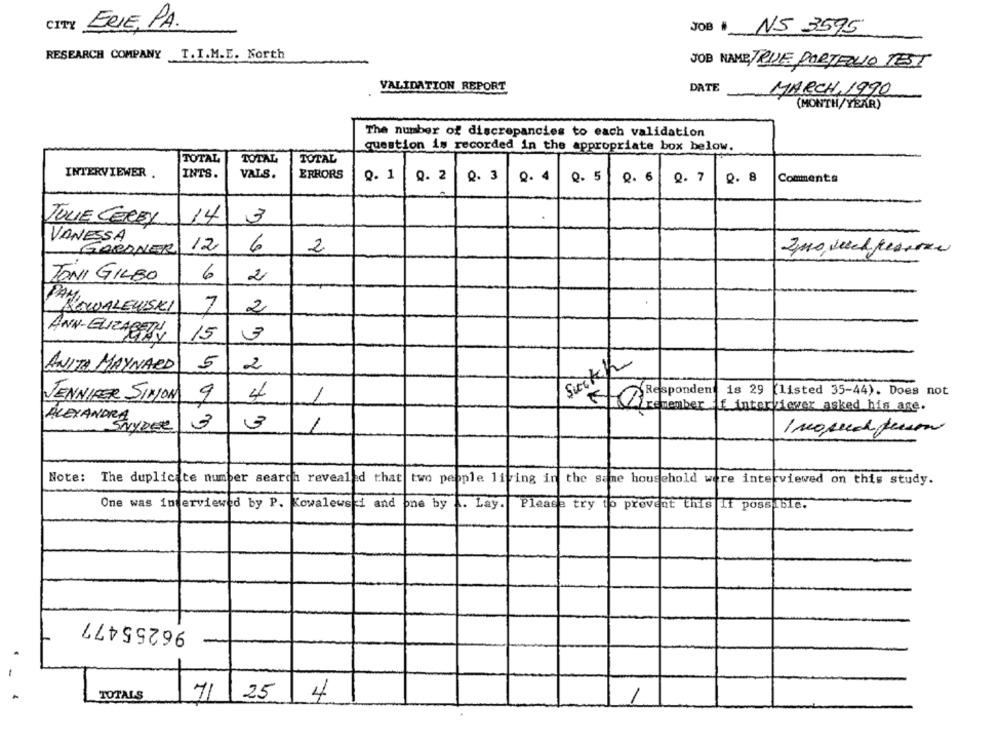
CITY ERIE, PA.
JOB # NS 3595
RESEARCH COMPANY T.I.M.E. North
JOB NAME JENE PORTFOLIO TEST
VALIDATION REPORT
MARCH, 1990
DATE
(MONTH/YEAR)
The number of discrepancies to each validation
question is recorded in the appropriate box below.
TOTAL
TOTAL
TOTAL
INTERVIEWER .
INTS.
VALS.
ERRORS
0. 1
9. 2
Q. 3
0.4
0. 5
Q. 6
Q. 7
2. 8
Comments
14
JULIE CEREY
3
VANESSA
GARDNER
12
6
2
6
TONI GILBO
2
KOWALEWSKI
7
2
ANN-ELIZABETH
15
3
ANITA MAYNARD
5
2
18 29
(listed 35-44). Does not
JENNIFER SINON
9
4
Greatember f interviewer asked his age.
ALEXANDRA
SNYDER
3
3
1 moped person
Note:
The duplicite number search revealed that
two people living in the same household were interviewed on this study.
One was interviewed by P.
Kowalewski and
pne by
. Lay.
Please try
to prevent this If possible.
96255477
TOTALS
711
25
4
1